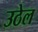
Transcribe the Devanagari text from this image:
उठेल